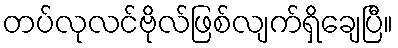
တပ်လုလင်ဗိုလ်ဖြစ်လျက်ရှိချေပြီ။